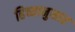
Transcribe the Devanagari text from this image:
हिच्यानुसार